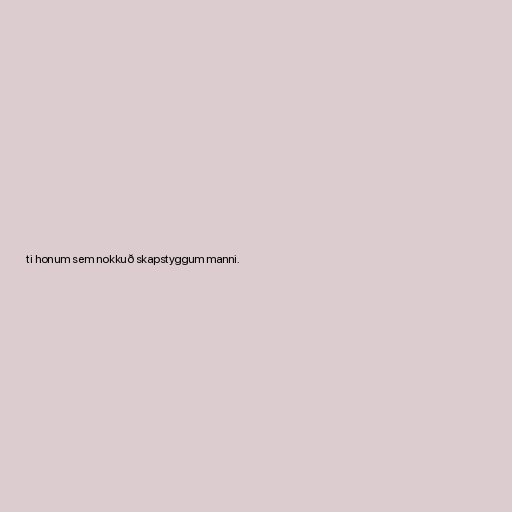
ti honum sem nokkuð skapstyggum manni.